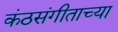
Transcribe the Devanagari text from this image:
कंठसंगीताच्या